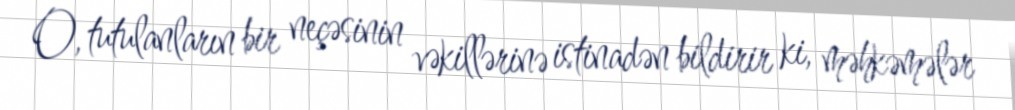
O, tutulanların bir neçəsinin vəkillərinə istinadən bildirir ki, məhkəmələr